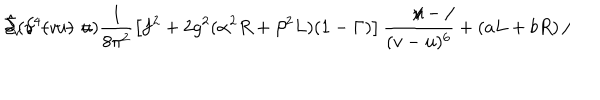
\hat { \Sigma } ( v - u ) = \frac { 1 } { 8 \pi ^ { 2 } } \left[ f ^ { 2 } + 2 g ^ { 2 } ( \alpha ^ { 2 } R + \beta ^ { 2 } L ) ( 1 - \Gamma ) \right] \frac { { \textstyle / \hspace { - 2 m m } v - / \hspace { - 2 m m } u } } { { \textstyle ( v - u ) ^ { 6 } } } + ( a L + b R ) \, / \hspace { - 2 m m } \partial _ { v } \, \delta ^ { 4 } ( v - u )